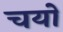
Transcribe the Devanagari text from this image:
चयो